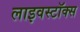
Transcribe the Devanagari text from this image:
लाइवस्टॉक्स